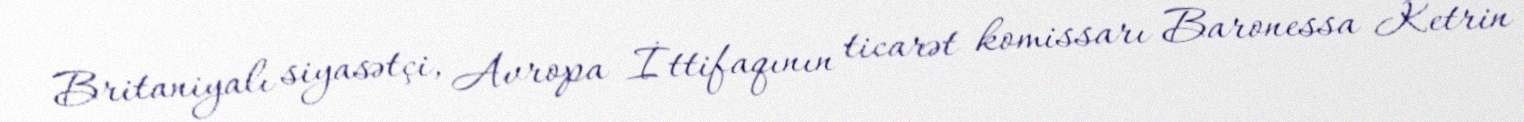
Britaniyalı siyasətçi, Avropa İttifaqının ticarət komissarı Baronessa Ketrin